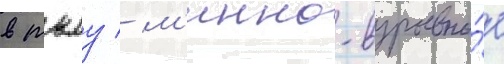
в тылу / м'инно-взрывно́е